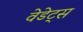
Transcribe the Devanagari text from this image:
वेडेट्स